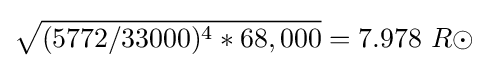
{\sqrt {(5772/33000)^{4}*68,000}}=7.978\ R\odot